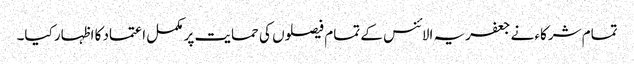
تمام شرکاء نے جعفریہ الائنس کے تمام فیصلوں کی حمایت پر مکمل اعتماد کا اظہار کیا۔